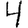
Digit: 4